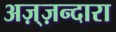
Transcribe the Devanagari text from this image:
अज़्ज़न्दारा